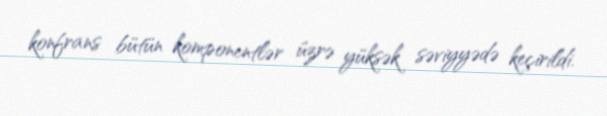
konfrans bütün komponentlər üzrə yüksək səviyyədə keçirildi.